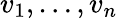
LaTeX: v_{1},\dots,v_{n}